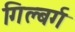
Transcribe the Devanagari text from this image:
गिल्बर्ग